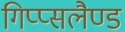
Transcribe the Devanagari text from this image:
गिप्प्सलैण्ड